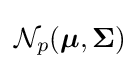
{\mathcal {N}}_{p}({\boldsymbol {\mu }},{\mathbf {\Sigma } })